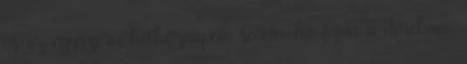
és az egyszerű hétköznapok során, ha fájna a derekam.